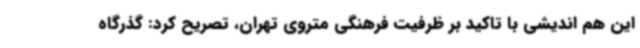
این هم اندیشی با تاکید بر ظرفیت فرهنگی متروی تهران، تصریح کرد: گذرگاه